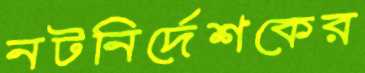
নটনির্দেশকের